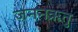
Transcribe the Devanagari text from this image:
जननऋतु